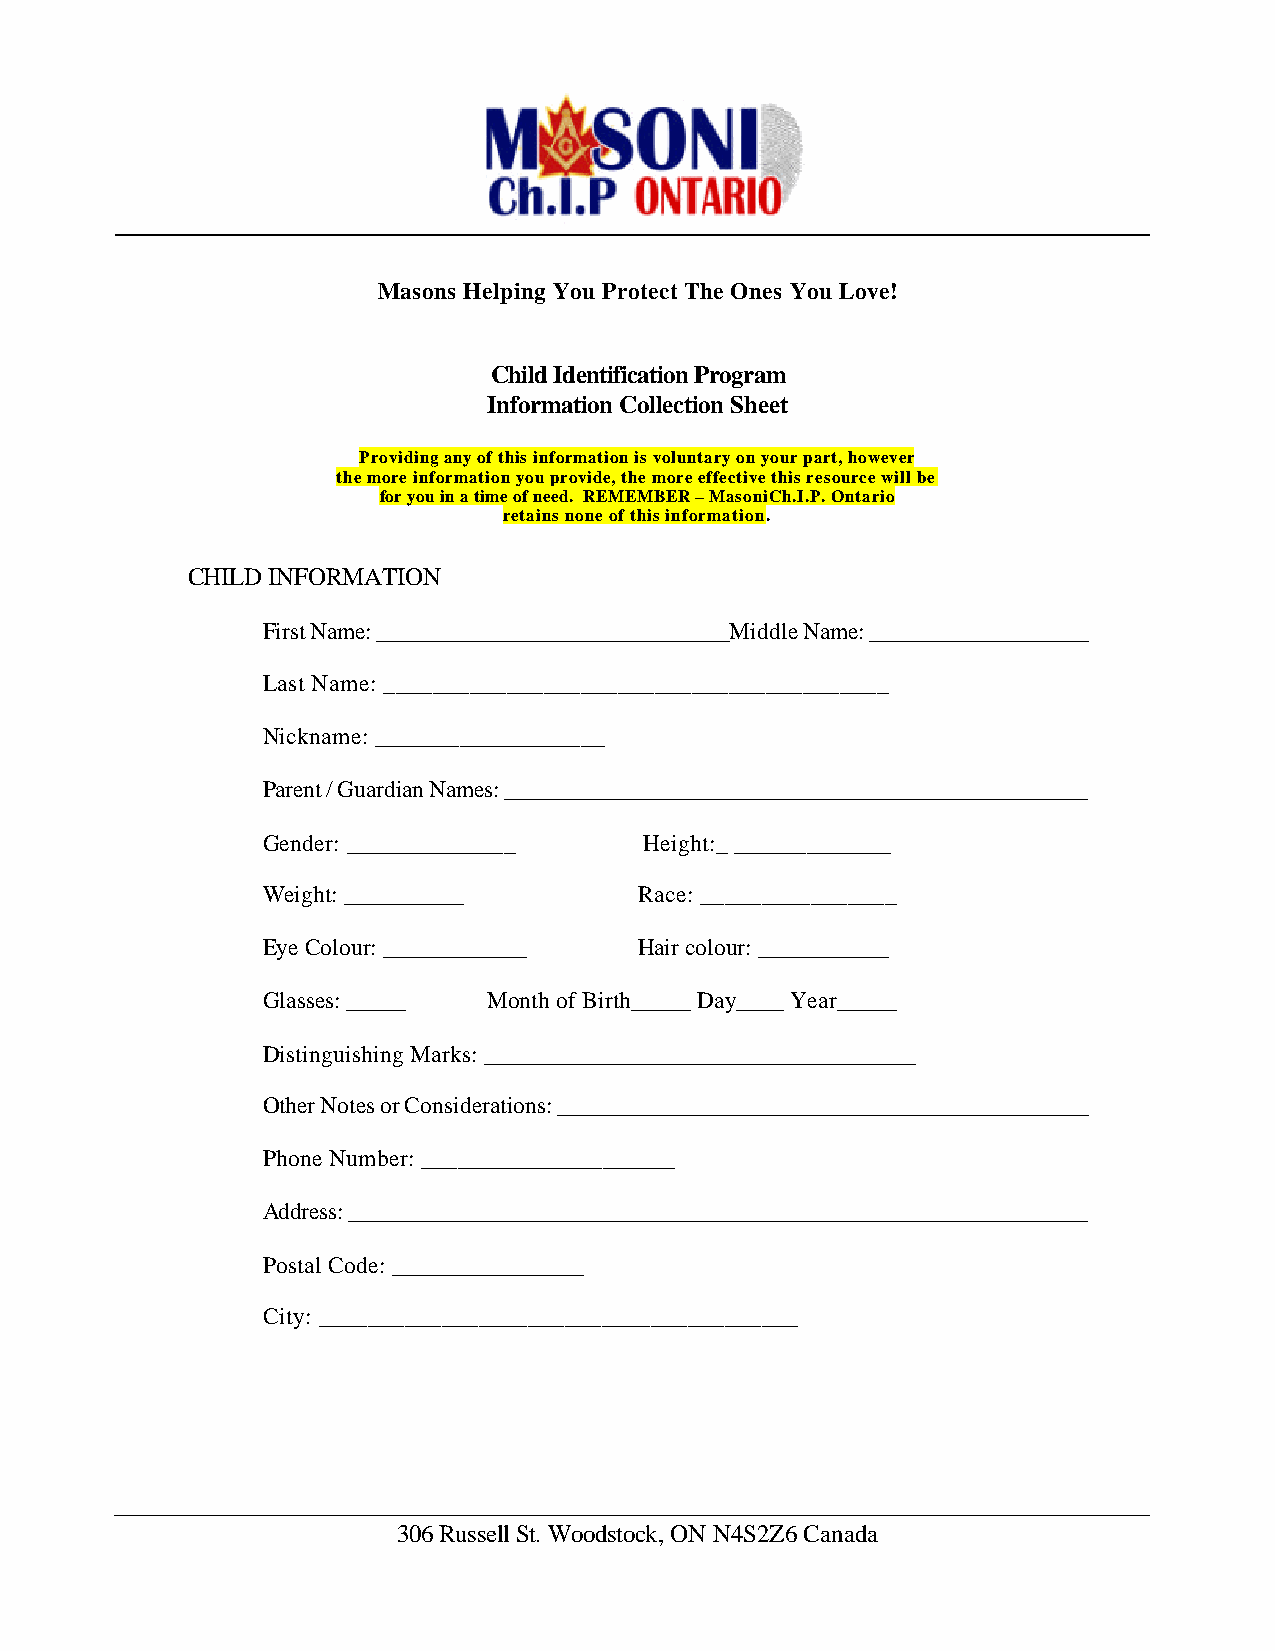
Masons Helping You Protect The Ones You Love!
 Child Identification Program
 Information Collection Sheet
 Providing any of this information is voluntary on your part, however
 the more information you provide, the more effective this resource will be
 for you in a time of need. REMEMBER – MasoniCh.I.P. Ontario
 retains none of this information.
 CHILD INFORMATION
 First Name: ______________________________Middle Name: ___________________
 Last Name: _________________________________________
 Nickname: ___________________
 Parent / Guardian Names: __________________________________________________
 Gender: ______________    Height:_ _____________
 Weight: __________       Race: ________________
 Eye Colour: ____________ Hair colour: ___________
 Glasses: _____ Month of Birth_____ Day____ Year_____
 Distinguishing Marks: ____________________________________
 Other Notes or Considerations: ______________________________________________
 Phone Number: _____________________
 Address: ________________________________________________________________
 Postal Code: ________________
 City: _______________________________________
 306 Russell St. Woodstock, ON N4S2Z6 Canada